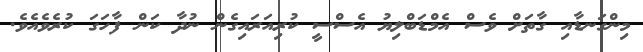
މިންގަނޑާއި ގާތަށް ވެސް އެމްޑަބްލިޔު އެސްސީ ކުރިއަރައިގެން ނުދާ ކަން ފާހަގަ ކުރެވެއެވެ.